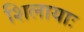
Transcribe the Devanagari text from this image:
शिलायाः